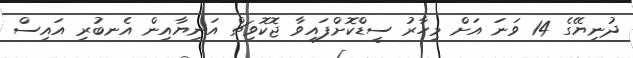
ދުނިޔޭގެ 14 ވަނަ އަށް މިހާރު ސީޑްކޮށްފައިވާ ޖޮކޮވިޗް އަނިޔާއިން އެނބުރި އައިސް